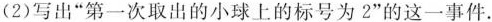
(2)写出”第一次取出的小球上的标号为2”的这一事件。